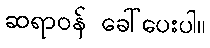
ဆရာဝန် ခေါ်ပေးပါ။